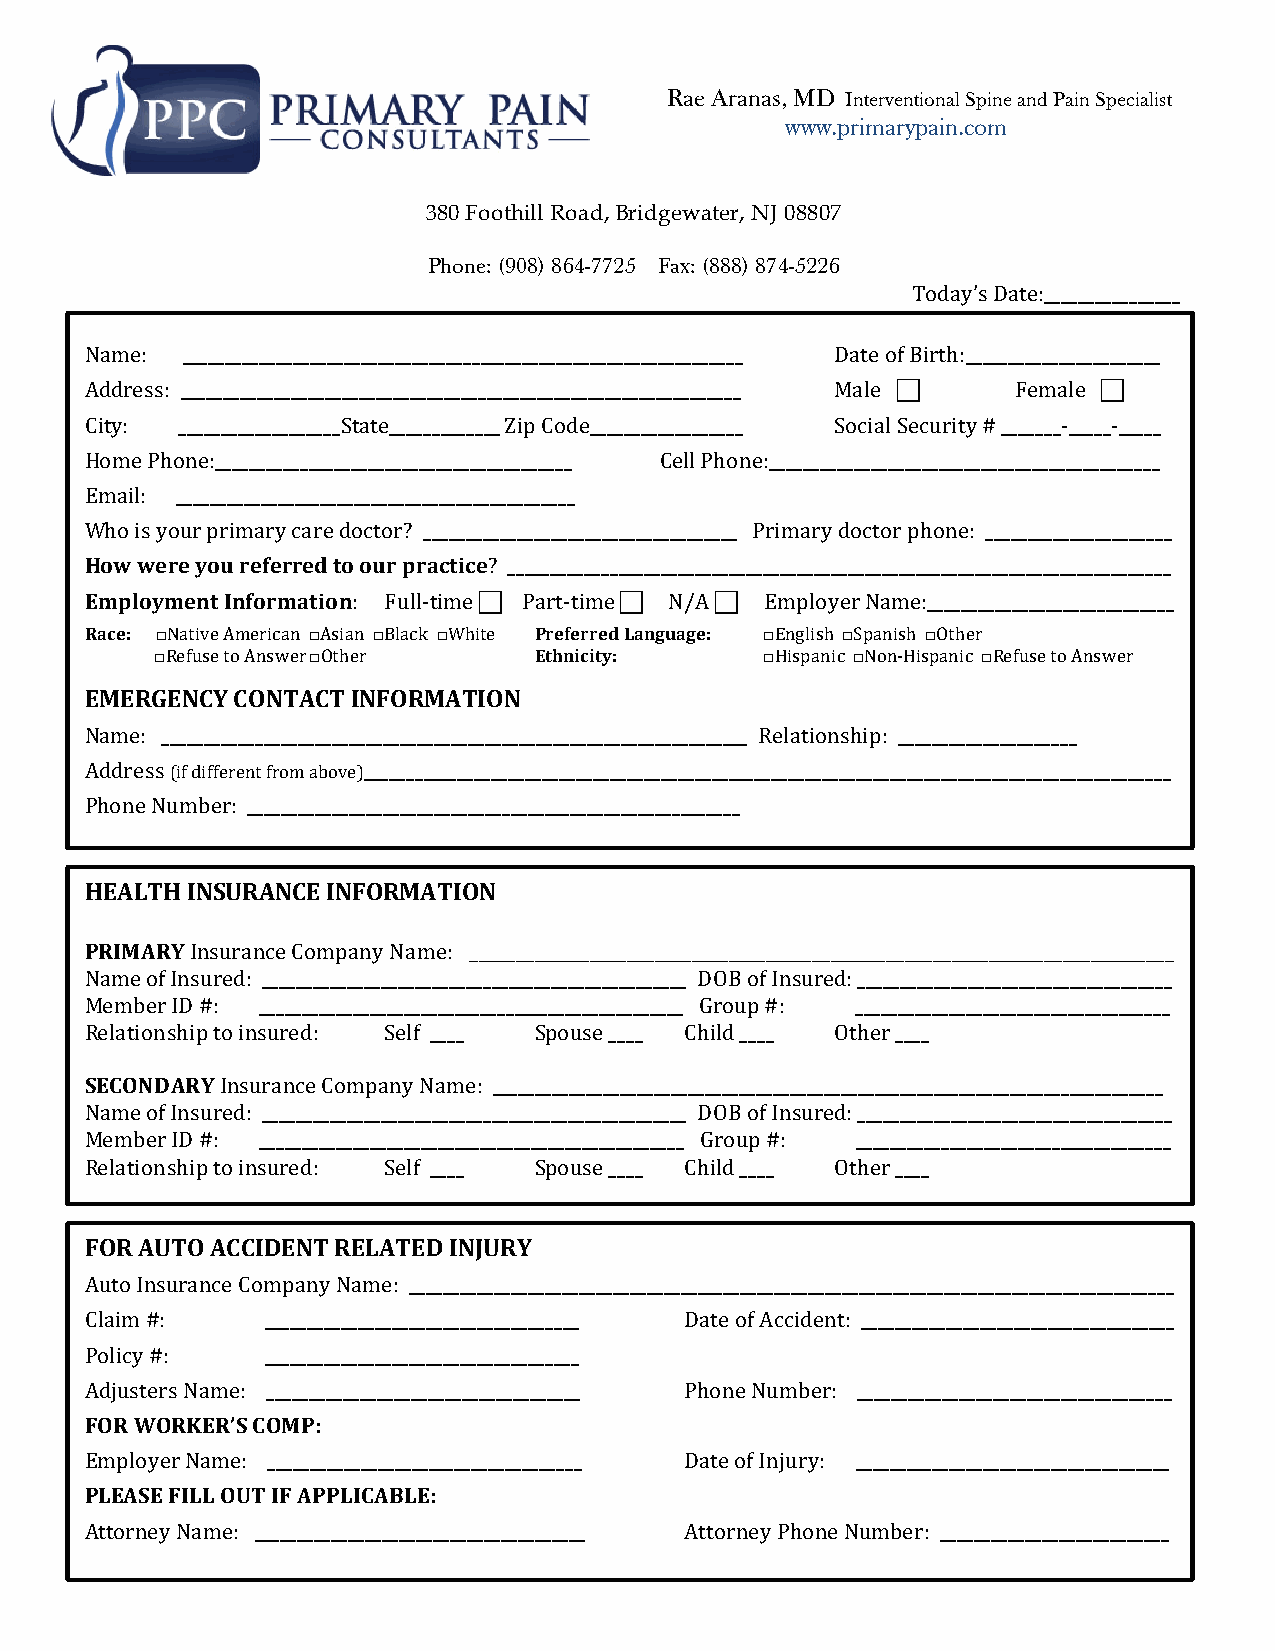
Rae Aranas, MD Interventional Spine and Pain Specialist
 www.primarypain.com
 380 Foothill Road, Bridgewater, NJ 08807
 Phone: (908) 864-7725 Fax: (888) 874-5226
 Today’s Date:________________
 Name: __________________________________________________________________ Date of Birth:_______________________
 Address: __________________________________________________________________ Male ! Female !
 City: ___________________State_____________ Zip Code__________________ Social Security # _______-_____-_____
 Home Phone:__________________________________________ Cell Phone:______________________________________________
 Email: _______________________________________________
 Who is your primary care doctor? _____________________________________ Primary doctor phone: ______________________
 How were you referred to our practice? ______________________________________________________________________________
 Employment Information: Full-time ! Part-time ! N/A ! Employer Name:_____________________________
 Race: □Native American □Asian □Black □White Preferred Language: □English □Spanish □Other
 □Refuse to Answer □Other Ethnicity:      □Hispanic □Non-Hispanic □Refuse to Answer
 EMERGENCY CONTACT INFORMATION
 Name: _____________________________________________________________________ Relationship: _____________________
 Address (if different from above)_______________________________________________________________________________________________
 Phone Number: __________________________________________________________
 HEALTH INSURANCE INFORMATION
 PRIMARY Insurance Company Name: ____________________________________________________________________________
 Name of Insured: __________________________________________________ DOB of Insured: _____________________________________
 Member ID #: __________________________________________________ Group #: _____________________________________
 Relationship to insured: Self ____ Spouse ____ Child ____ Other ____
 SECONDARY Insurance Company Name: _______________________________________________________________________________
 Name of Insured: __________________________________________________ DOB of Insured: _____________________________________
 Member ID #: __________________________________________________ Group #: _____________________________________
 Relationship to insured: Self ____ Spouse ____ Child ____ Other ____
 FOR AUTO ACCIDENT RELATED INJURY
 Auto Insurance Company Name: __________________________________________________________________________________________
 Claim # :   _____________________________________ Date of Accident: _____________________________________
 Policy #:   _____________________________________
 Adjusters Name: _____________________________________ Phone Number: _____________________________________
 FOR WORKER’S COMP:
 Employer Name: _____________________________________ Date of Injury: _____________________________________
 PLEASE FILL OUT IF APPLICABLE:
 Attorney Name: _______________________________________ Attorney Phone Number: ___________________________